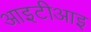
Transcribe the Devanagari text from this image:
आइटीआइ